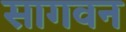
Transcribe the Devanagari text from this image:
सागवन